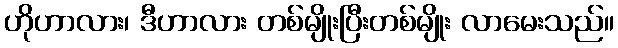
ဟိုဟာလား၊ ဒီဟာလား တစ်မျိုးပြီးတစ်မျိုး လာမေးသည်။